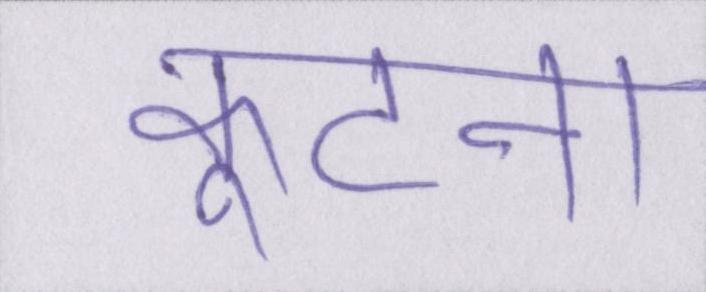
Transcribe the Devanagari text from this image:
कूटना